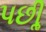
પછીૢ